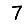
Digit: 7